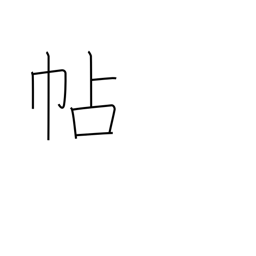
Meaning: notebook